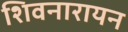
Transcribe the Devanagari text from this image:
शिवनारायन